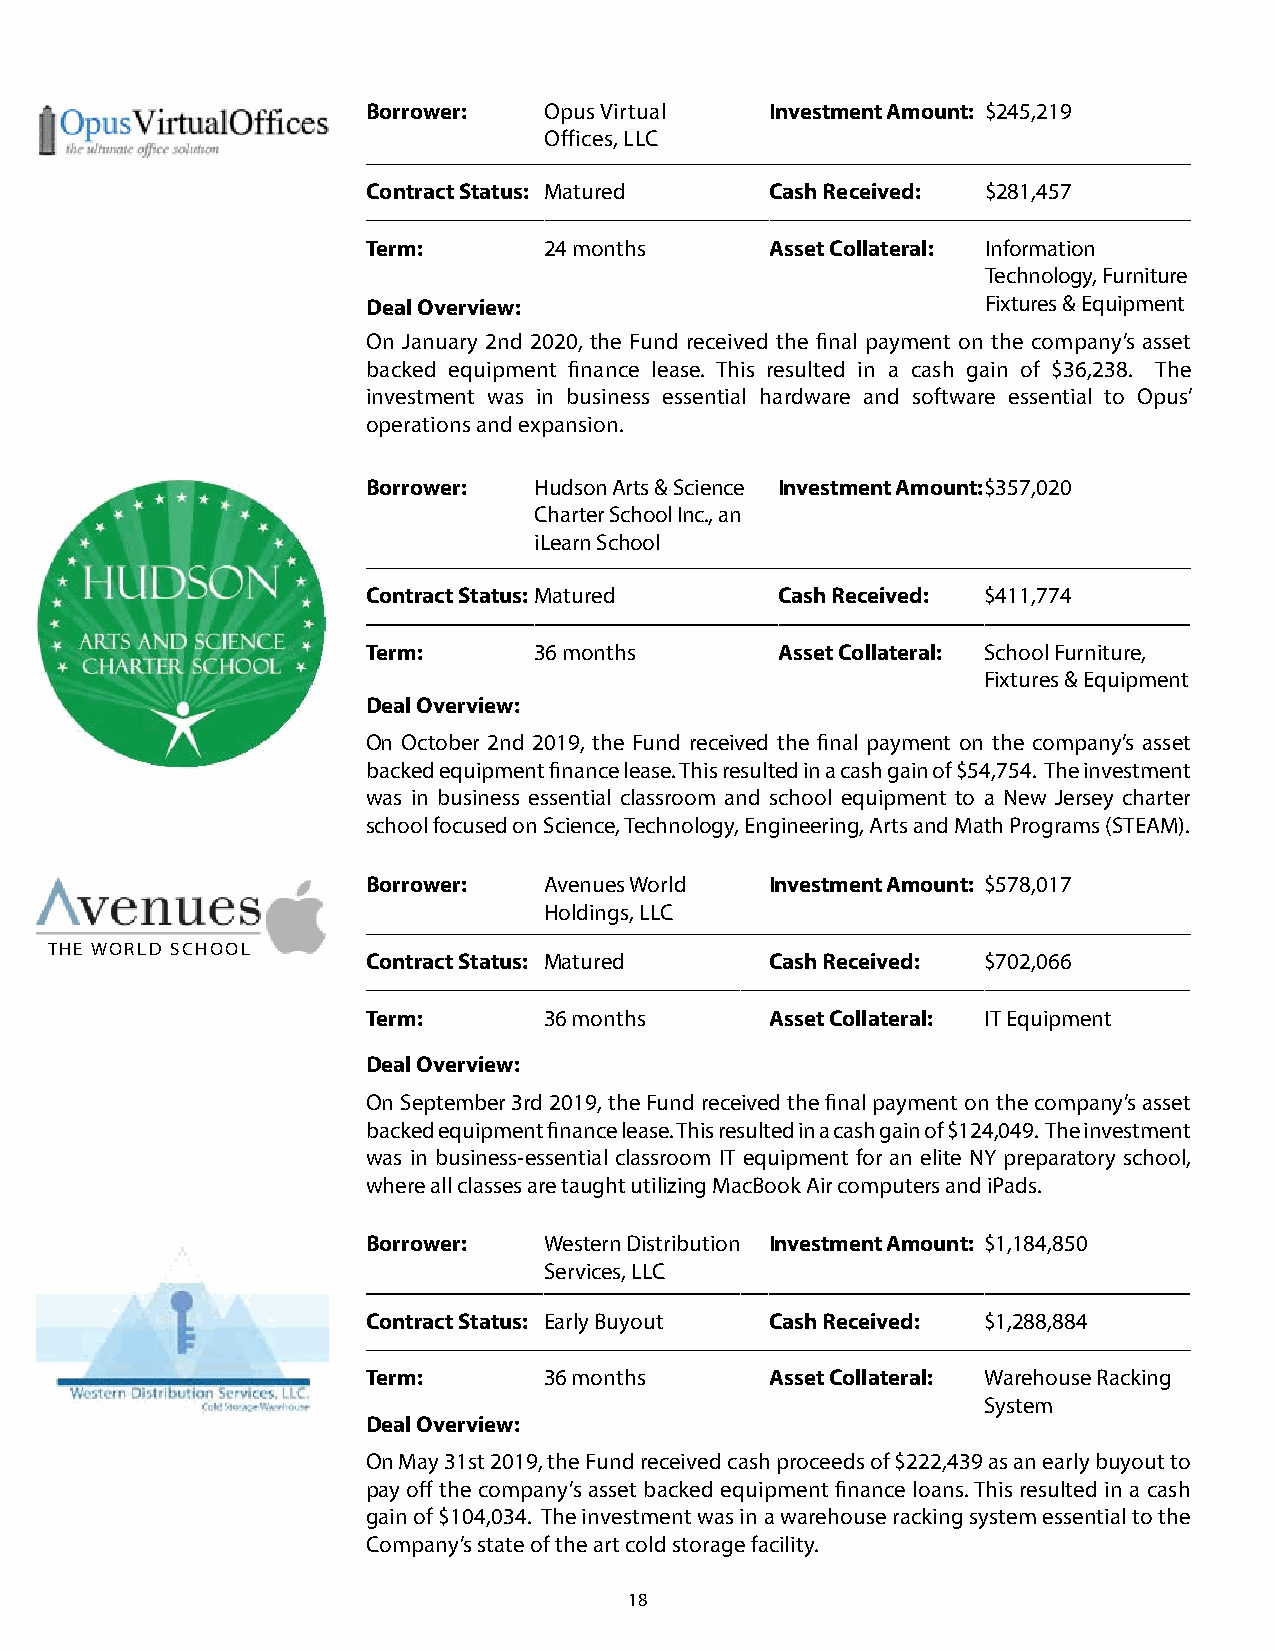
Borrower:   Opus Virtual   Investment Amount: $245,219
 Offices, LLC
 Contract Status: Matured   Cash Received: $281,457
 Term:       24 months      Asset Collateral: Information
 Technology, Furniture
 Deal Overview:                           Fixtures & Equipment
 On January 2nd 2020, the Fund received the final payment on the company’s asset
 backed equipment finance lease. This resulted in a cash gain of $36,238. The
 investment was in business essential hardware and software essential to Opus’
 operations and expansion.
 Borrower:  Hudson Arts & Science Investment Amount:$357,020
 Charter School Inc., an
 iLearn School
 Contract Status:Matured     Cash Received: $411,774
 Term:      36 months        Asset Collateral: School Furniture,
 Fixtures & Equipment
 Deal Overview:
 On October 2nd 2019, the Fund received the final payment on the company’s asset
 backed equipment finance lease. This resulted in a cash gain of $54,754. The investment
 was in business essential classroom and school equipment to a New Jersey charter
 school focused on Science, Technology, Engineering, Arts and Math Programs (STEAM).
 Borrower:   Avenues World  Investment Amount: $578,017
 Holdings, LLC
 THE WORLD SCHOOL
 Contract Status: Matured   Cash Received: $702,066
 Term:       36 months      Asset Collateral: IT Equipment
 Deal Overview:
 On September 3rd 2019, the Fund received the final payment on the company’s asset
 backed equipment finance lease. This resulted in a cash gain of $124,049. The investment
 was in business-essential classroom IT equipment for an elite NY preparatory school,
 where all classes are taught utilizing MacBook Air computers and iPads.
 Borrower:   Western Distribution Investment Amount: $1,184,850
 Services, LLC
 Contract Status: Early Buyout Cash Received: $1,288,884
 Term:       36 months      Asset Collateral: Warehouse Racking
 System
 Deal Overview:
 On May 31st 2019, the Fund received cash proceeds of $222,439 as an early buyout to
 pay off the company’s asset backed equipment finance loans. This resulted in a cash
 gain of $104,034. The investment was in a warehouse racking system essential to the
 Company’s state of the art cold storage facility.
 18